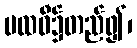
ပထဝီ၌တည်၍၊